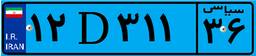
۵۳D۰۸۰۴۱